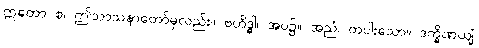
ဣတော စ၊ ဤသာသနာတော်မှလည်း။ ဗဟိဒ္ဓါ၊ အပ၌။ အညံ၊ တပါးသော။ ဒက္ခိဏယျံ၊